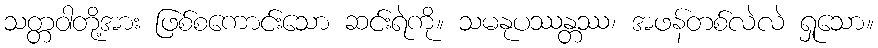
သတ္တဝါတို့အား ဖြစ်စကောင်းသော ဆင်းရဲကို။ သမနုပဿန္တဿ၊ အဖန်တစ်လဲလဲ ရှုသော။